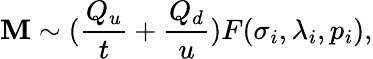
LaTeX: {\cal\mathbf{M}}\sim({\frac{{Q_{u}}}{{t}}}+{\frac{{Q_{d}}}{{u}}})F(\sigma_{i},\lambda_{i},p_{i}),